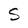
Character: S